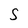
Character: S